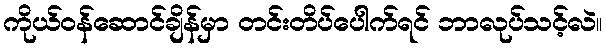
ကိုယ်ဝန်ဆောင်ချိန်မှာ တင်းတိပ်ပေါက်ရင် ဘာလုပ်သင့်လဲ။